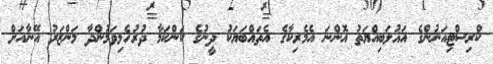
ކްރިސްޓިއަނުންގެ އަޣުލަބިއްޔަތު އޮންނަ އެމެރިކާގެ އެތައްބަޔަކު ދީނުގެ ކަންކަމާ ދުރުހެލިވަމުންދާ މަންޒަރު އޭނާއަށް